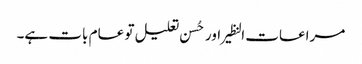
مراعات النظیر اور حُسن تعلیل تو عام بات ہے۔